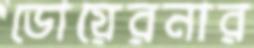
ডোয়েরনার